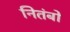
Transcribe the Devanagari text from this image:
नितंबो